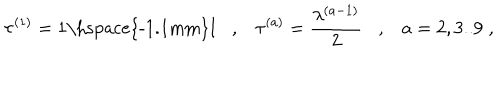
\tau ^ { ( 1 ) } = \mathrm { 1 \hspace { - 1 . 1 m m } I } , \tau ^ { ( a ) } = \frac { \lambda ^ { ( a - 1 ) } } { 2 } , a = 2 , 3 . . 9 \; ,